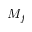
M _ { f }